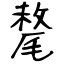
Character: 氂